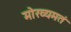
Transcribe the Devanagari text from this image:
मोख्यमतं